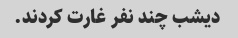
دیشب چند نفر غارت کردند.